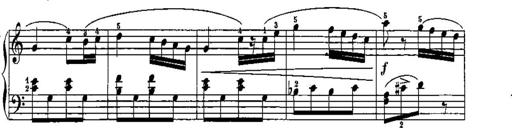
Title: Trois sonatines
Composer: Maurice Emmanuel